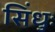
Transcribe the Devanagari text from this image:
सिंधुः